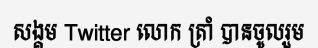
សង្គម Twitter លោក ត្រាំ បានចូលរួម